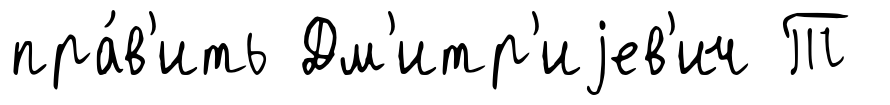
пра́в'ить Дм'итр'иjев'ич Т